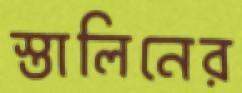
স্তালিনের